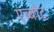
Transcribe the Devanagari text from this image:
एब्बोट